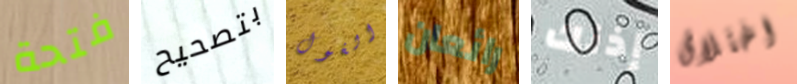
فتحة بتصحيح الغول رائعان إذنك اختلاق